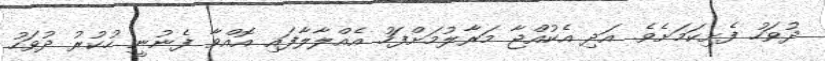
ދުވަހު ފެށިކަމަށެވެ. އަދި އެކުއްޖާ މަރާލުމަށްފަހު އެއްލާލާފައި އޮއްވާ ފެނުނީ ހުކުރު ދުވަހު